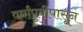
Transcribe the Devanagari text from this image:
वर्षांपूवीपासून